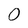
Character: 0